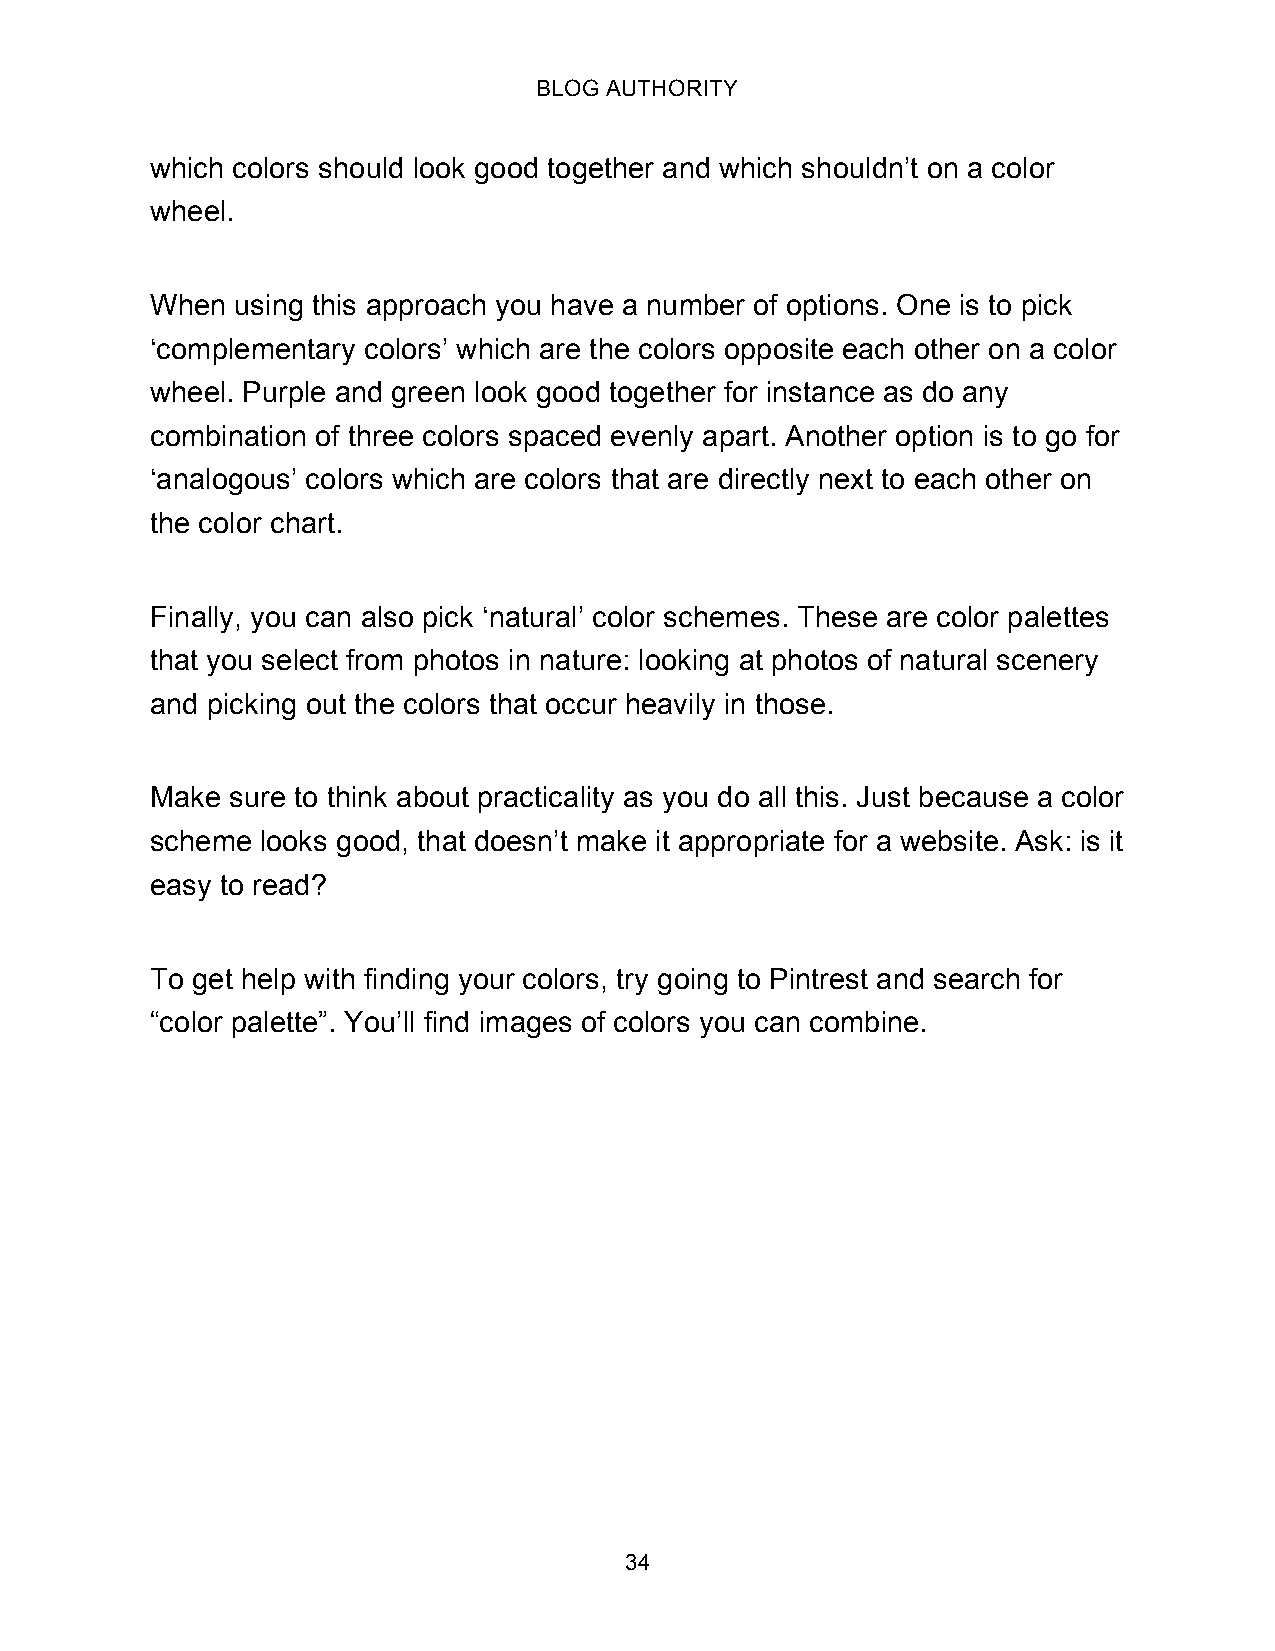
BLOG AUTHORITY
 which colors should look good together and which shouldn’t on a color
 wheel.
 When  using this approach you have a number of options. One is to pick
 ‘complementary colors’ which are the colors opposite each other on a color
 wheel. Purple and green look good together for instance as do any
 combination of three colors spaced evenly apart. Another option is to go for
 ‘analogous’ colors which are colors that are directly next to each other on
 the color chart.
 Finally, you can also pick ‘natural’ color schemes. These are color palettes
 that you select from photos in nature: looking at photos of natural scenery
 and picking out the colors that occur heavily in those.
 Make sure to think about practicality as you do all this. Just because a color
 scheme looks good, that doesn’t make it appropriate for a website. Ask: is it
 easy to read?
 To get help with finding your colors, try going to Pintrest and search for
 “color palette”. You’ll find images of colors you can combine.
 34